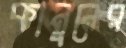
কানুনের